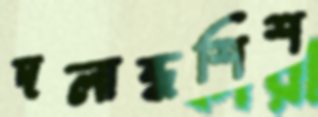
দলান্ধশিশ